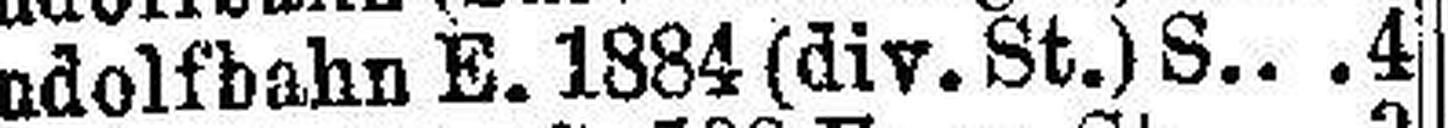
Rudolfbahn E. 1884 (div.St.) S. 4